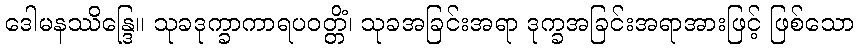
ဒေါမနဿိန္ဒြေ။ သုခဒုက္ခာကာရပဝတ္တိံ၊ သုခအခြင်းအရာ ဒုက္ခအခြင်းအရာအားဖြင့် ဖြစ်သော